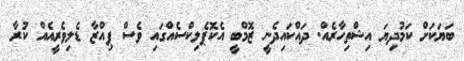
ބަޔަކަށް ކަމުދިޔަ އިޝްތިހާރެއް. ދައްކައިދެނީ ޒޮމްބީ އެކޮޕެލިކްސެއްގައި ވެސް ޕިއްޒާ ޑެލިވެރީއެއް ކުރާ